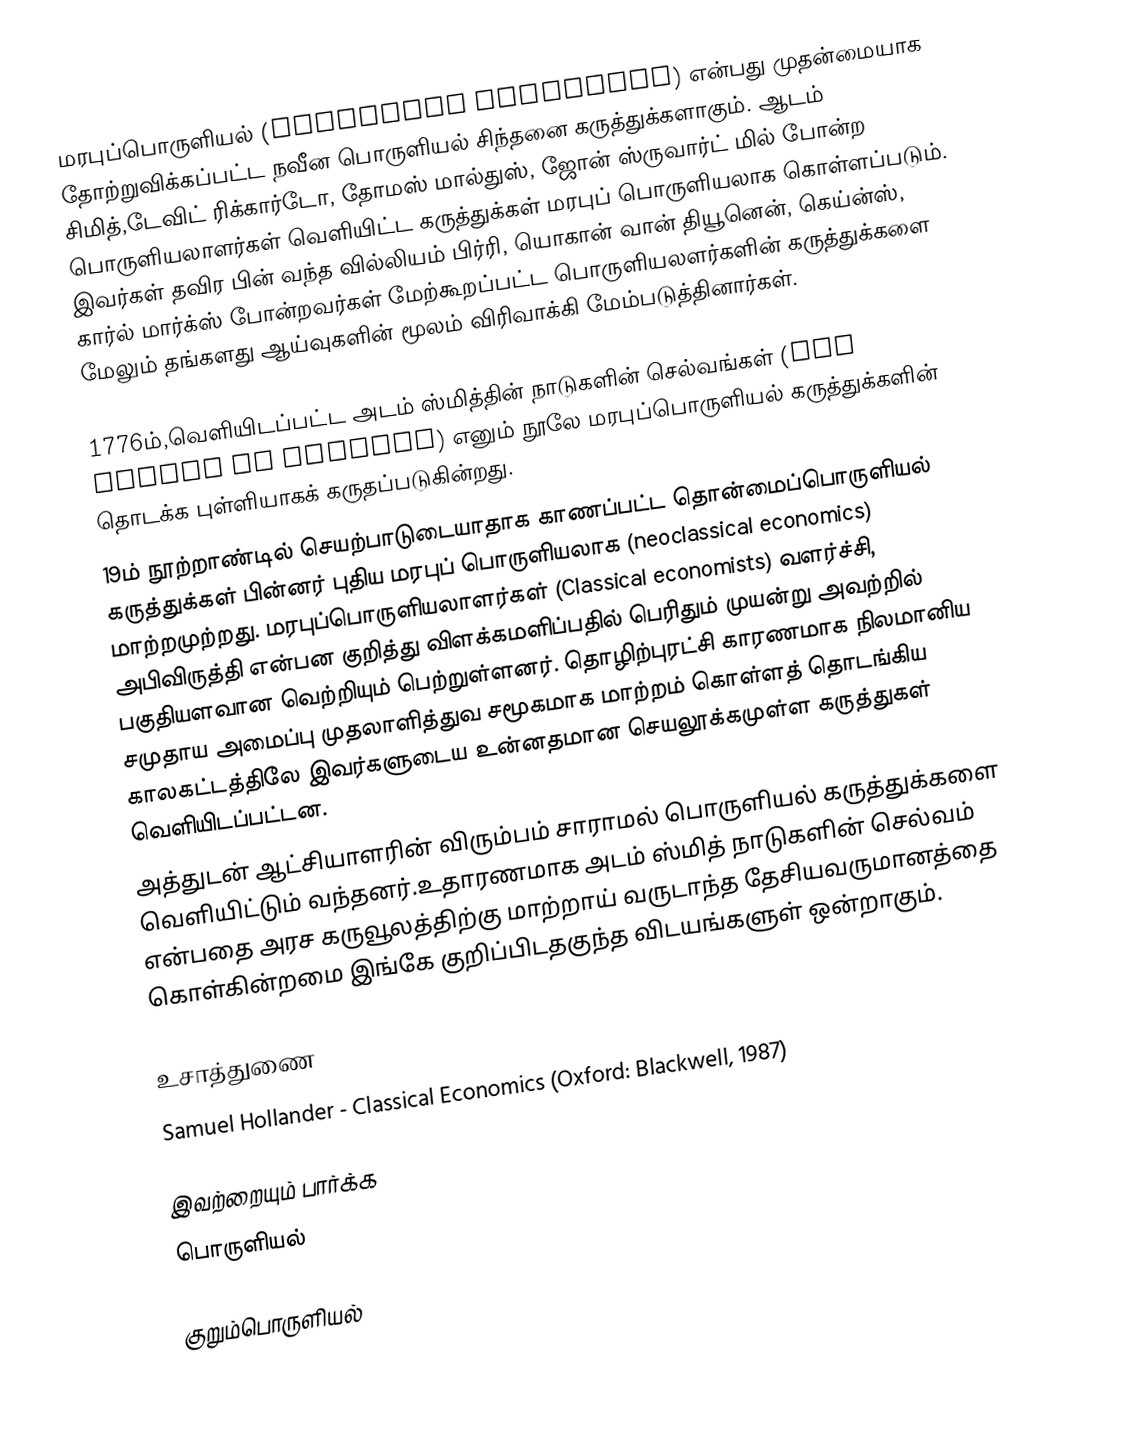
மரபுப்பொருளியல் (Classical economics) என்பது முதன்மையாக தோற்றுவிக்கப்பட்ட நவீன பொருளியல் சிந்தனை கருத்துக்களாகும். ஆடம் சிமித்,டேவிட் ரிக்கார்டோ, தோமஸ் மால்துஸ், ஜோன் ஸ்ருவார்ட் மில் போன்ற பொருளியலாளர்கள் வெளியிட்ட கருத்துக்கள் மரபுப் பொருளியலாக கொள்ளப்படும். இவர்கள் தவிர பின் வந்த வில்லியம் பிர்ரி, யொகான் வான் தியூனென், கெய்ன்ஸ், கார்ல் மார்க்ஸ் போன்றவர்கள் மேற்கூறப்பட்ட பொருளியலளர்களின் கருத்துக்களை மேலும் தங்களது ஆய்வுகளின் மூலம் விரிவாக்கி மேம்படுத்தினார்கள்.

1776ம்,வெளியிடப்பட்ட அடம் ஸ்மித்தின் நாடுகளின் செல்வங்கள் (The Wealth of Nations) எனும் நூலே மரபுப்பொருளியல் கருத்துக்களின் தொடக்க புள்ளியாகக் கருதப்படுகின்றது.
19ம் நூற்றாண்டில் செயற்பாடுடையாதாக காணப்பட்ட தொன்மைப்பொருளியல் கருத்துக்கள் பின்னர் புதிய மரபுப் பொருளியலாக (neoclassical economics) மாற்றமுற்றது. மரபுப்பொருளியலாளர்கள் (Classical economists) வளர்ச்சி, அபிவிருத்தி என்பன குறித்து விளக்கமளிப்பதில் பெரிதும் முயன்று அவற்றில் பகுதியளவான வெற்றியும் பெற்றுள்ளனர். தொழிற்புரட்சி காரணமாக நிலமானிய சமுதாய அமைப்பு முதலாளித்துவ சமூகமாக மாற்றம் கொள்ளத் தொடங்கிய காலகட்டத்திலே இவர்களுடைய உன்னதமான செயலூக்கமுள்ள கருத்துகள் வெளியிடப்பட்டன.
அத்துடன் ஆட்சியாளரின் விரும்பம் சாராமல் பொருளியல் கருத்துக்களை வெளியிட்டும் வந்தனர்.உதாரணமாக அடம் ஸ்மித் நாடுகளின் செல்வம் என்பதை அரச கருவூலத்திற்கு மாற்றாய் வருடாந்த தேசியவருமானத்தை கொள்கின்றமை இங்கே குறிப்பிடதகுந்த விடயங்களுள் ஒன்றாகும்.

உசாத்துணை
 Samuel Hollander - Classical Economics (Oxford: Blackwell, 1987)

இவற்றையும் பார்க்க
பொருளியல்

குறும்பொருளியல்